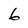
Character: 6